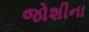
જોશીના